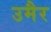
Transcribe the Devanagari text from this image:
उमैर